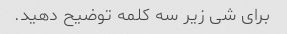
برای شی زیر سه کلمه توضیح دهید.